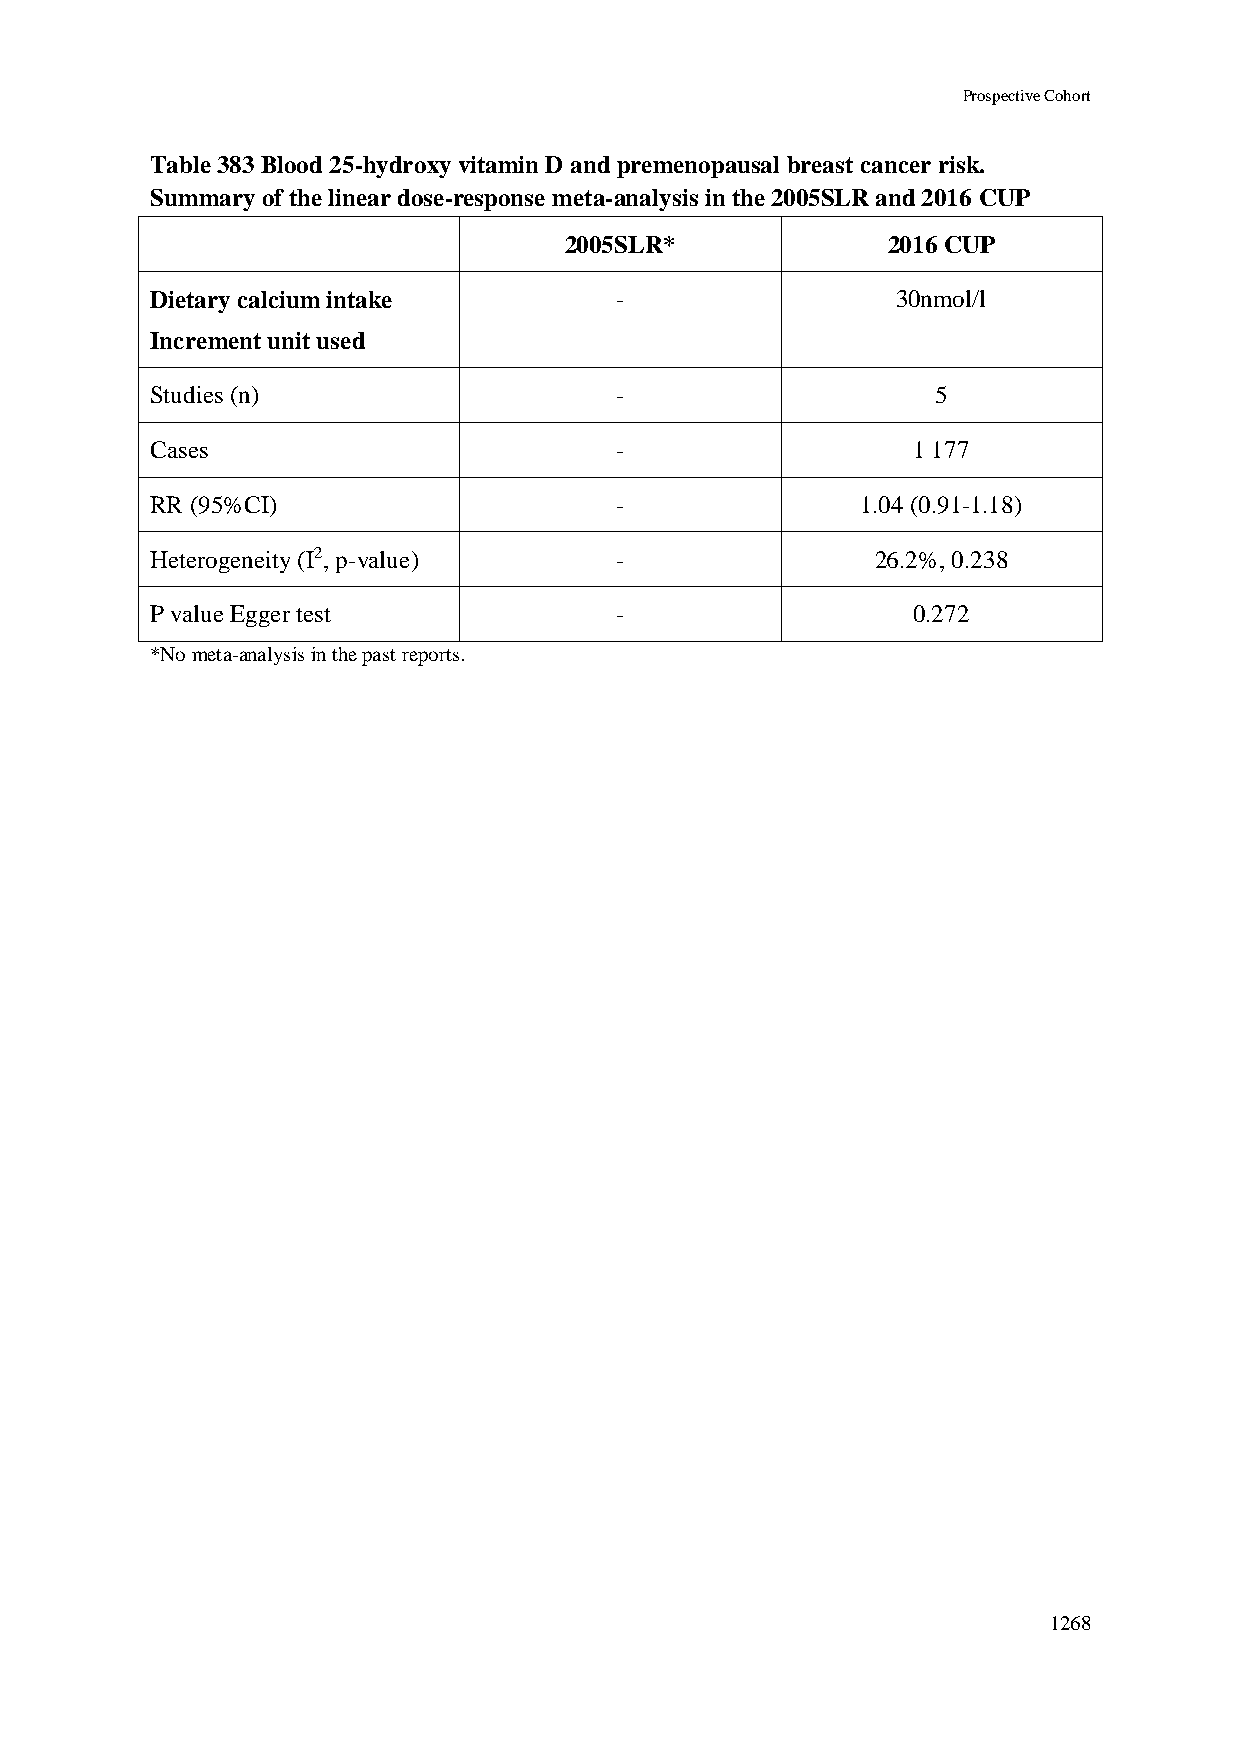
Prospective Cohort
 Table 383 Blood 25-hydroxy vitamin D and premenopausal breast cancer risk.
 Summary of the linear dose-response meta-analysis in the 2005SLR and 2016 CUP
 2005SLR*              2016 CUP
 Dietary calcium intake         -                 30nmol/l
 Increment unit used
 Studies (n)                    -                    5
 Cases                          -                  1 177
 RR (95%CI)                     -               1.04 (0.91-1.18)
 Heterogeneity (I2, p-value)    -                26.2%, 0.238
 P value Egger test             -                  0.272
 *No meta-analysis in the past reports.
 1268